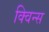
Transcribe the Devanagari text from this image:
क्विन्‍स